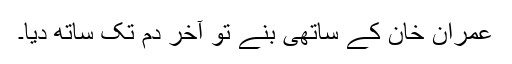
عمران خان کے ساتھی بنے تو آخر دم تک ساتھ دیا۔